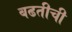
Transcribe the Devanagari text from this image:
बढतीची